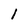
Character: 1